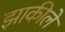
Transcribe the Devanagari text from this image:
झाकीले